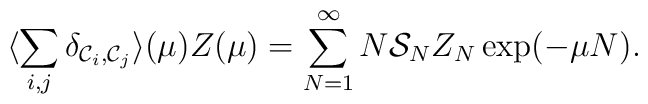
\protect\langle \sum_{i,j} \delta_{{\cal{C}}_i,{\cal{C}}_j}\rangle (\mu) Z(\mu) = \sum_{N=1}^{\infty} N{\cal{S}}_NZ_N \exp (-\mu N).